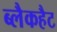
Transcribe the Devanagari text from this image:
ब्लैकहैट